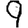
Digit: 9